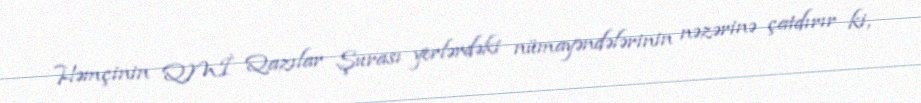
Həmçinin QMİ Qazılar Şurası yerlərdəki nümayəndələrinin nəzərinə çatdırır ki,